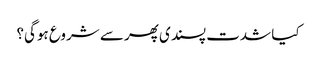
کیا شدت پسندی پھر سے شروع ہوگی؟